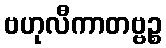
ဗဟုလီကာတဗ္ဗဉ္စ